Report on vaccination in Madras 1877-1894 - 1877-1894
Year: 1877
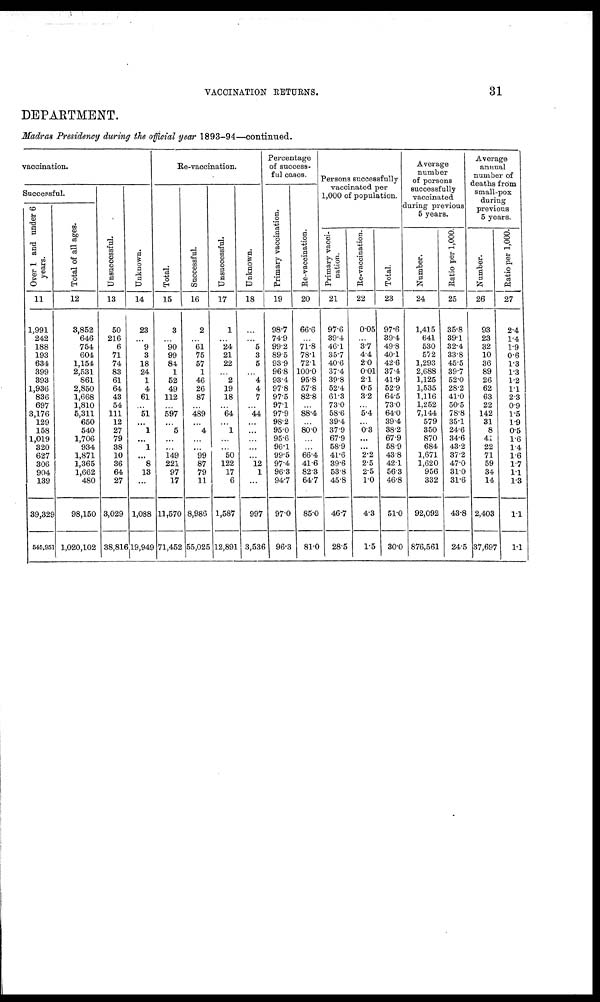
VACCINATION RETURNS.
31
DEPARTMENT.
Madras Presidency during the official year 1893-94—continued.
vaccination.
Successful.
Over 1 and under 6
years.
11
1,991
242
188
193
634
399
393
1,936
836
697
3,176
129
158
1,019
320
627
306
904
139
39,329
545,951
Total of all ages.
12
3,852
646
754
604
1,154
2,531
861
2,850
1,668
1,810
5,311
650
540
1,706
934
1,871
1,365
1,662
480
98,150
1,020,102
Unsuccessful.
13
50
216
6
71
74
83
61
64
43
54
111
12
27
79
38
10
36
64
27
3,029
38,816
Unknown.
14
23
...
9
3
18
24
1
4
61
...
51
...
1
...
1
...
8
13
...
1,088
19,949
Re-vaccination.
Total.
15
3
...
90
99
84
1
52
49
112
...
597
...
5
...
...
149
221
97
17
11,570
71,452
Successful.
16
2
...
61
75
57
1
46
26
87
...
489
...
4
...
...
99
87
79
11
8,986
55,025
Unsuccessful.
17
1
...
24
21
22
...
2
19
18
...
64
...
1
...
...
50
122
17
6
1,587
12,891
Unknown.
18
...
...
5
3
5
...
4
4
7
...
44
...
...
...
...
...
12
1
...
997
3,536
Percentage
of success-
ful cases.
Primary vaccination.
19
98.7
74.9
99.2
89.5
93.9
96.8
93.4
97.8
97.5
97.1
97.9
98.2
95.0
95.6
96.1
99.5
97.4
96.3
94.7
97.0
96.3
Re-vaccination.
20
66.6
...
71.8
78.1
72.1
100.0
95.8
57.8
82.8
...
88.4
...
80.0
...
...
66.4
41.6
82.3
64.7
85.0
81.0
Persons successfully
vaccinated per
1,000 of population.
Primary vacci¬
nation.
21
97.6
39.4
46.1
35.7
40.6
37.4
39.8
52.4
61.3
73.0
58.6
39.4
37.9
67.9
58.9
41.6
39.6
53.8
45.8
46.7
28.5
Re-vaccination.
22
0.05
...
3.7
4.4
2.0
0.01
2.1
0.5
3.2
...
5.4
...
0.3
...
...
2.2
2.5
2.5
1.0
4.3
1.5
Total.
23
97.6
39.4
49.8
40.1
42.6
37.4
41.9
52.9
64.5
73.0
64.0
39.4
38.2
67.9
58.9
43.8
42.1
56.3
46.8
51.0
30.0
Average
number
of persons
successfully
vaccinated
during previous
5 years.
Number.
24
1,415
641
530
572
1,293
2,688
1,125
1,535
1,116
1,252
7,144
579
350
870
684
1,671
1,620
956
332
92,092
876,561
Ratio per 1,000.
25
35.8
39.1
32.4
33.8
45.5
39.7
52.0
28.2
41.0
50.5
78.8
35.1
24.6
34.6
43.2
37.2
47.0
31.0
31.6
43.8
24.5
Average
annual
number of
deaths from
small-pox
during
previous
5 years.
Number.
26
93
23
32
10
36
89
26
62
63
22
142
31
8
41
22
71
59
34
14
2,403
37,697
Ratio per 1,000.
27
2.4
1.4
1.9
0.6
1.3
1.3
1.2
1.1
2.3
0.9
1.5
1.9
0.5
1.6
1.4
1.6
1.7
1.1
1.3
1.1
1.1